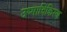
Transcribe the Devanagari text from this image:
उष्माविकिरण